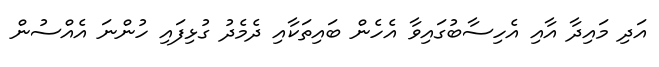
އަދި މައިދާ އާއި އެހިސާބުގައިވާ އެހެން ބައިތަކާއި ދެމެދު ގުޅިފައި ހުންނަ އެއްސުން